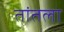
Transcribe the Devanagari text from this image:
तांतला